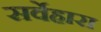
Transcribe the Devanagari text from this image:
सर्वेहारा